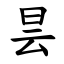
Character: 昙